Indian journal of veterinary science and animal husbandry - Volumes 26-27, 1956-1957
Year: 1956
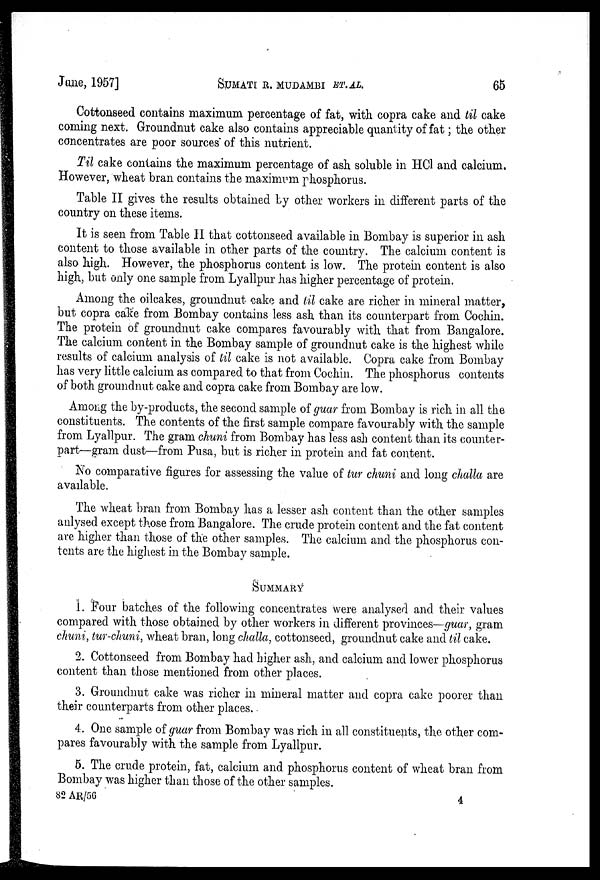
June, 1957]
SUMATI
R.
MUDAMBI
ET.
AL.
65
Cottonseed contains maximum percentage of fat, with copra cake and til cake
coming next. Groundnut cake also contains appreciable quantity of fat; the other
concentrates are poor sources of this nutrient.
Til cake contains the maximum percentage of ash soluble in HCl and calcium.
However, wheat bran contains the maximum phosphorus.
Table II gives the results obtained by other workers in different parts of the
country on these items.
It is seen from Table II that cottonseed available in Bombay is superior in ash
content to those available in other parts of the country. The calcium content is
also high. However, the phosphorus content is low. The protein content is also
high, but only one sample from Lyallpur has higher percentage of protein.
Among the oilcakes, groundnut cake and til cake are richer in mineral matter,
but copra cake from Bombay contains less ash than its counterpart from Cochin.
The protein of groundnut cake compares favourably with that from Bangalore.
The calcium content in the Bombay sample of groundnut cake is the highest while
results of calcium analysis of til cake is not available. Copra cake from Bombay
has very little calcium as compared to that from Cochin. The phosphorus contents
of both groundnut cake and copra cake from Bombay are low.
Among the by-products, the second sample of guar from Bombay is rich in all the
constituents. The contents of the first sample compare favourably with the sample
from Lyallpur. The gram chuni from Bombay has less ash content than its counter-
part—gram dust—from Pusa, but is richer in protein and fat content.
No comparative figures for assessing the value of tur chuni and long challa are
available.
The wheat bran from Bombay has a lesser ash content than the other samples
anlysed except those from Bangalore. The crude protein content and the fat content
are higher than those of the other samples. The calcium and the phosphorus con-
tents are the highest in the Bombay sample.
SUMMARY
1. Four batches of the following concentrates were analysed and their values
compared with those obtained by other workers in different provinces—guar, gram
chuni, tur-chuni, wheat bran, long challa, cottonseed, groundnut cake and til cake.
2. Cottonseed from Bombay had higher ash, and calcium and lower phosphorus
content than those mentioned from other places.
3. Groundnut cake was richer in mineral matter and copra cake poorer than
their counterparts from other places.
4. One sample of guar from Bombay was rich in all constituents, the other com-
pares favourably with the sample from Lyallpur.
5. The crude protein, fat, calcium and phosphorus content of wheat bran from
Bombay was higher than those of the other samples.
82
AR/56
4